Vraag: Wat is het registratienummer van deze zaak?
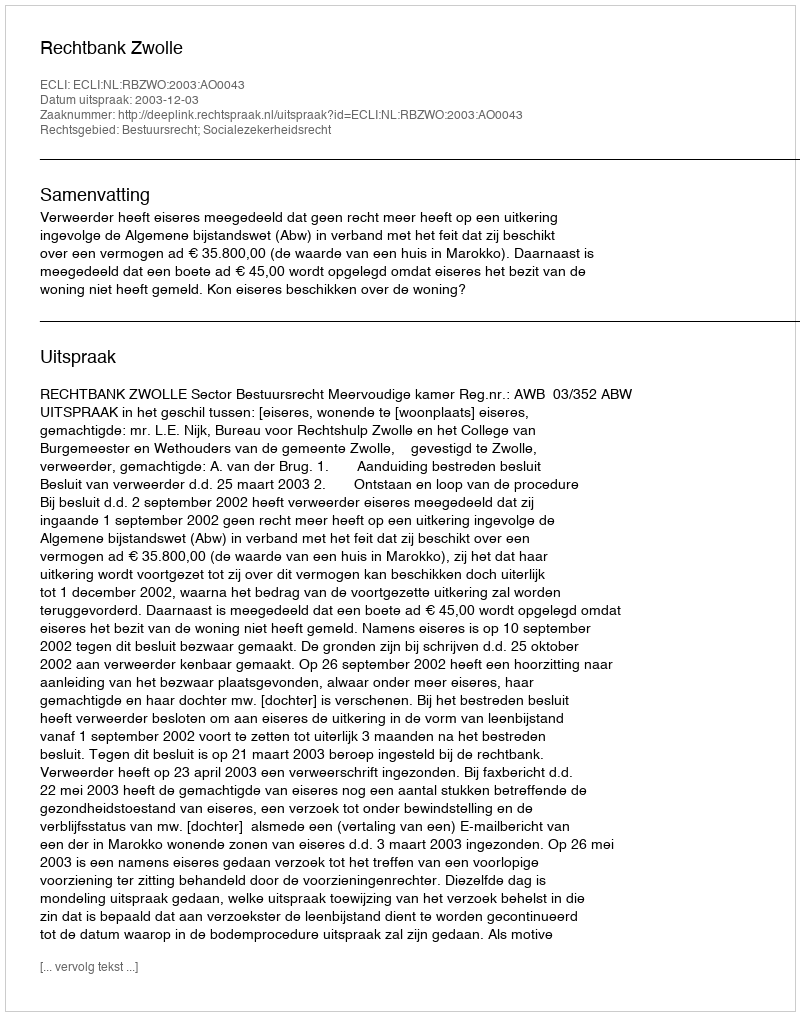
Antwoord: http://deeplink.rechtspraak.nl/uitspraak?id=ECLI:NL:RBZWO:2003:AO0043